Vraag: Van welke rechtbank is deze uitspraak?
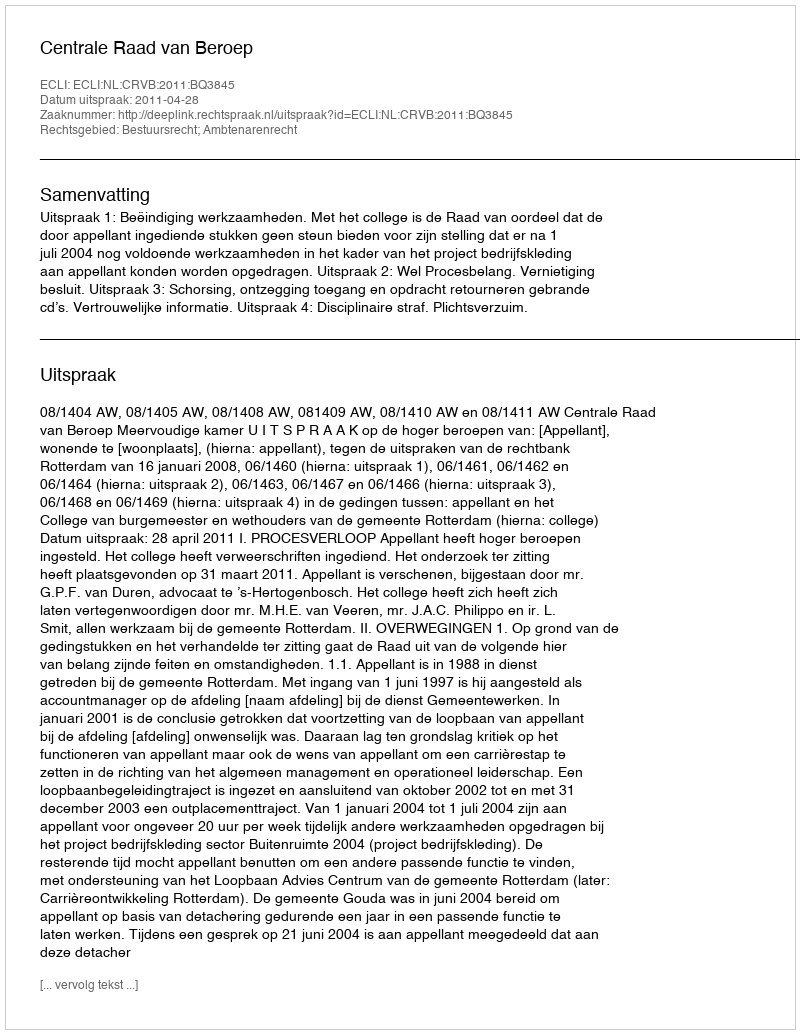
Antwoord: Centrale Raad van Beroep